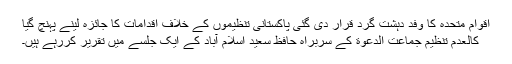
اقوام متحدہ کا وفد دہشت گرد قرار دی گئی پاکستانی تنظیموں کے خلاف اقدامات کا جائزہ لینے پہنچ گیا
کالعدم تنظیم جماعت الدعوة کے سربراہ حافظ سعید اسلام آباد کے ایک جلسے میں تقریر کررہے ہیں۔